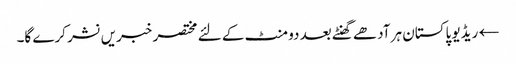
← ریڈیو پاکستان ہر آدھے گھنٹے بعد دو منٹ کے لئے مختصر خبریں نشر کرے گا۔